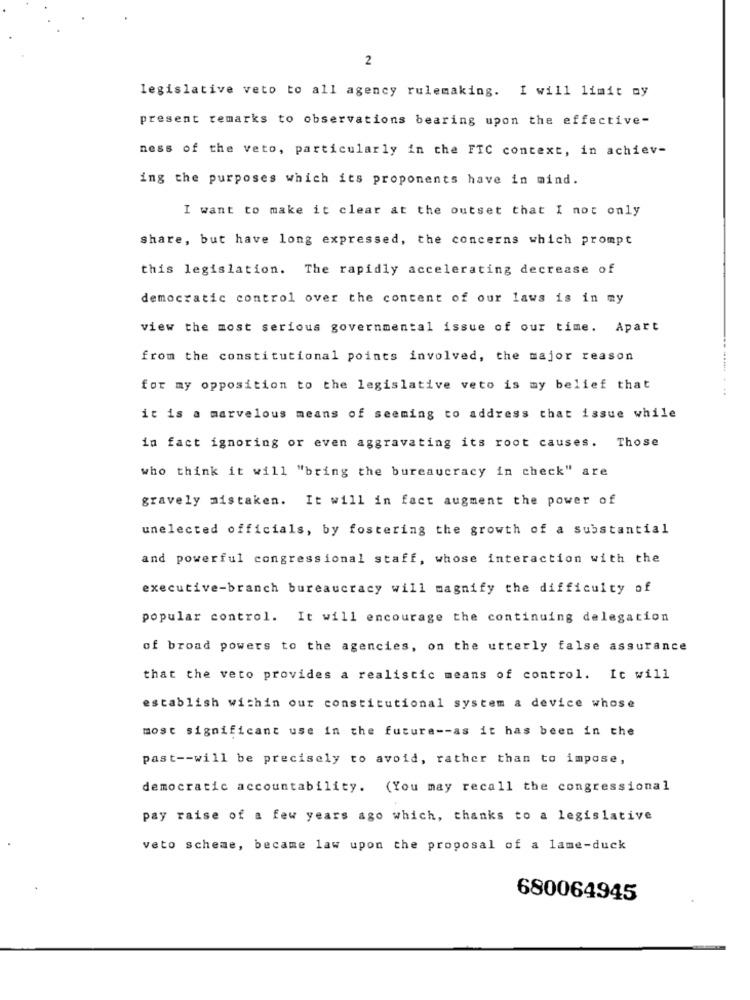
2
legislative veto to all agency rulemaking. I will limit ny
present remarks to observations bearing upon the effective-
ness of the veto, particularly in the FTC context, in achiev-
ing the purposes which its proponents have in mind.
I want to make it clear at the outset that I not only
share, but have long expressed, the concerns which prompt
this legislation. The rapidly accelerating decrease of
democratic control over the content of our laws is in my
view the most serious governmental issue of our time. Apart
from the constitutional points involved, the major reason
for my opposition to the legislative veto is my belief that
it is a marvelous means of seeming to address that issue while
in fact ignoring or even aggravating its root causes. Those
who think it will "bring the bureaucracy in check" are
gravely mistaken. It will in fact augment the power of
unelected officials, by fostering the growth of a substantial
and powerful congressional staff, whose interaction with the
executive-branch bureaucracy will magnify the difficulty of
popular control. It will encourage the continuing delegation
of broad powers to the agencies, on the utterly false assurance
that the veto provides a realistic means of control. It will
establish within our constitutional system a device whose
most significant use in the future -- as it has been in the
past -- will be precisely to avoid, rather than to impose,
democratic accountability. (You may recall the congressional
pay raise of a few years ago which, thanks to a legislative
veto scheme, became law upon the proposal of a lame-duck
680064945